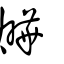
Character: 𤒃